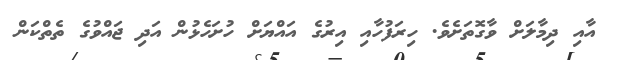
އާއި ދިމާލަށް ވާގޮތަށެވެ. ހިރަފުހާއި އިރުގެ އައްޔަށް ހުށަހެޅުން އަދި ޖައްވުގެ ތެތްކަން